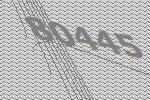
80445